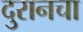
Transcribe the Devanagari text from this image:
दुरानचा